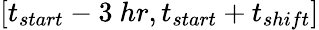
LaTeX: [t_{start}-3~hr,t_{start}+t_{shift}]